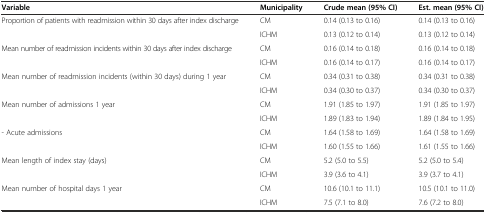
<table><thead><tr><td><b>Variable</b></td><td><b>Municipality</b></td><td><b>Crude mean (95% CI)</b></td><td><b>Est. mean (95% CI)</b></td></tr></thead><tbody><tr><td>Proportion of patients with readmission within 30 days after index discharge</td><td>CM</td><td>0.14 (0.13 to 0.16)</td><td>0.14 (0.13 to 0.16)</td></tr><tr><td></td><td>ICHM</td><td>0.13 (0.12 to 0.14)</td><td>0.13 (0.12 to 0.14)</td></tr><tr><td>Mean number of readmission incidents within 30 days after index discharge</td><td>CM</td><td>0.16 (0.14 to 0.18)</td><td>0.16 (0.14 to 0.18)</td></tr><tr><td></td><td>ICHM</td><td>0.16 (0.14 to 0.17)</td><td>0.16 (0.14 to 0.17)</td></tr><tr><td>Mean number of readmission incidents (within 30 days) during 1 year</td><td>CM</td><td>0.34 (0.31 to 0.38)</td><td>0.34 (0.31 to 0.38)</td></tr><tr><td></td><td>ICHM</td><td>0.34 (0.30 to 0.37)</td><td>0.34 (0.30 to 0.37)</td></tr><tr><td>Mean number of admissions 1 year</td><td>CM</td><td>1.91 (1.85 to 1.97)</td><td>1.91 (1.85 to 1.97)</td></tr><tr><td></td><td>ICHM</td><td>1.89 (1.83 to 1.94)</td><td>1.89 (1.84 to 1.95)</td></tr><tr><td>- Acute admissions</td><td>CM</td><td>1.64 (1.58 to 1.69)</td><td>1.64 (1.58 to 1.69)</td></tr><tr><td></td><td>ICHM</td><td>1.60 (1.55 to 1.66)</td><td>1.61 (1.55 to 1.66)</td></tr><tr><td>Mean length of index stay (days)</td><td>CM</td><td>5.2 (5.0 to 5.5)</td><td>5.2 (5.0 to 5.4)</td></tr><tr><td></td><td>ICHM</td><td>3.9 (3.6 to 4.1)</td><td>3.9 (3.7 to 4.1)</td></tr><tr><td>Mean number of hospital days 1 year</td><td>CM</td><td>10.6 (10.1 to 11.1)</td><td>10.5 (10.1 to 11.0)</td></tr><tr><td></td><td>ICHM</td><td>7.5 (7.1 to 8.0)</td><td>7.6 (7.2 to 8.0)</td></tr></tbody></table>